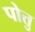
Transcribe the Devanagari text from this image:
पोत्तु